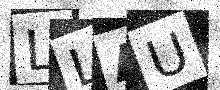
Text: LLAU